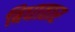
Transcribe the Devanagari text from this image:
बिधातार